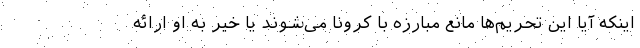
اینکه آیا این تحریم‌ها مانع مبارزه با کرونا می‌شوند یا خیر به او ارائه